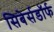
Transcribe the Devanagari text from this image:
सिबेर्सडॉर्फ